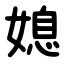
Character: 媳